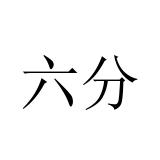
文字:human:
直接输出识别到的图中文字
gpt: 六分